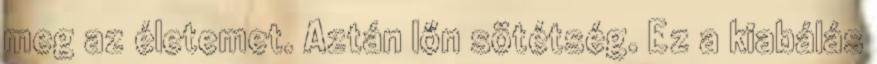
meg az életemet. Aztán lőn sötétség. Ez a kiabálás